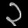
Digit: ၃